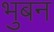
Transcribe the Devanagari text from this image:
भुबन